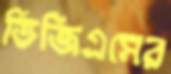
ডিজিএমের